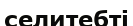
селитебті